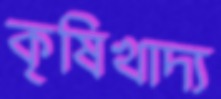
কৃষিখাদ্য